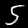
Label: 5